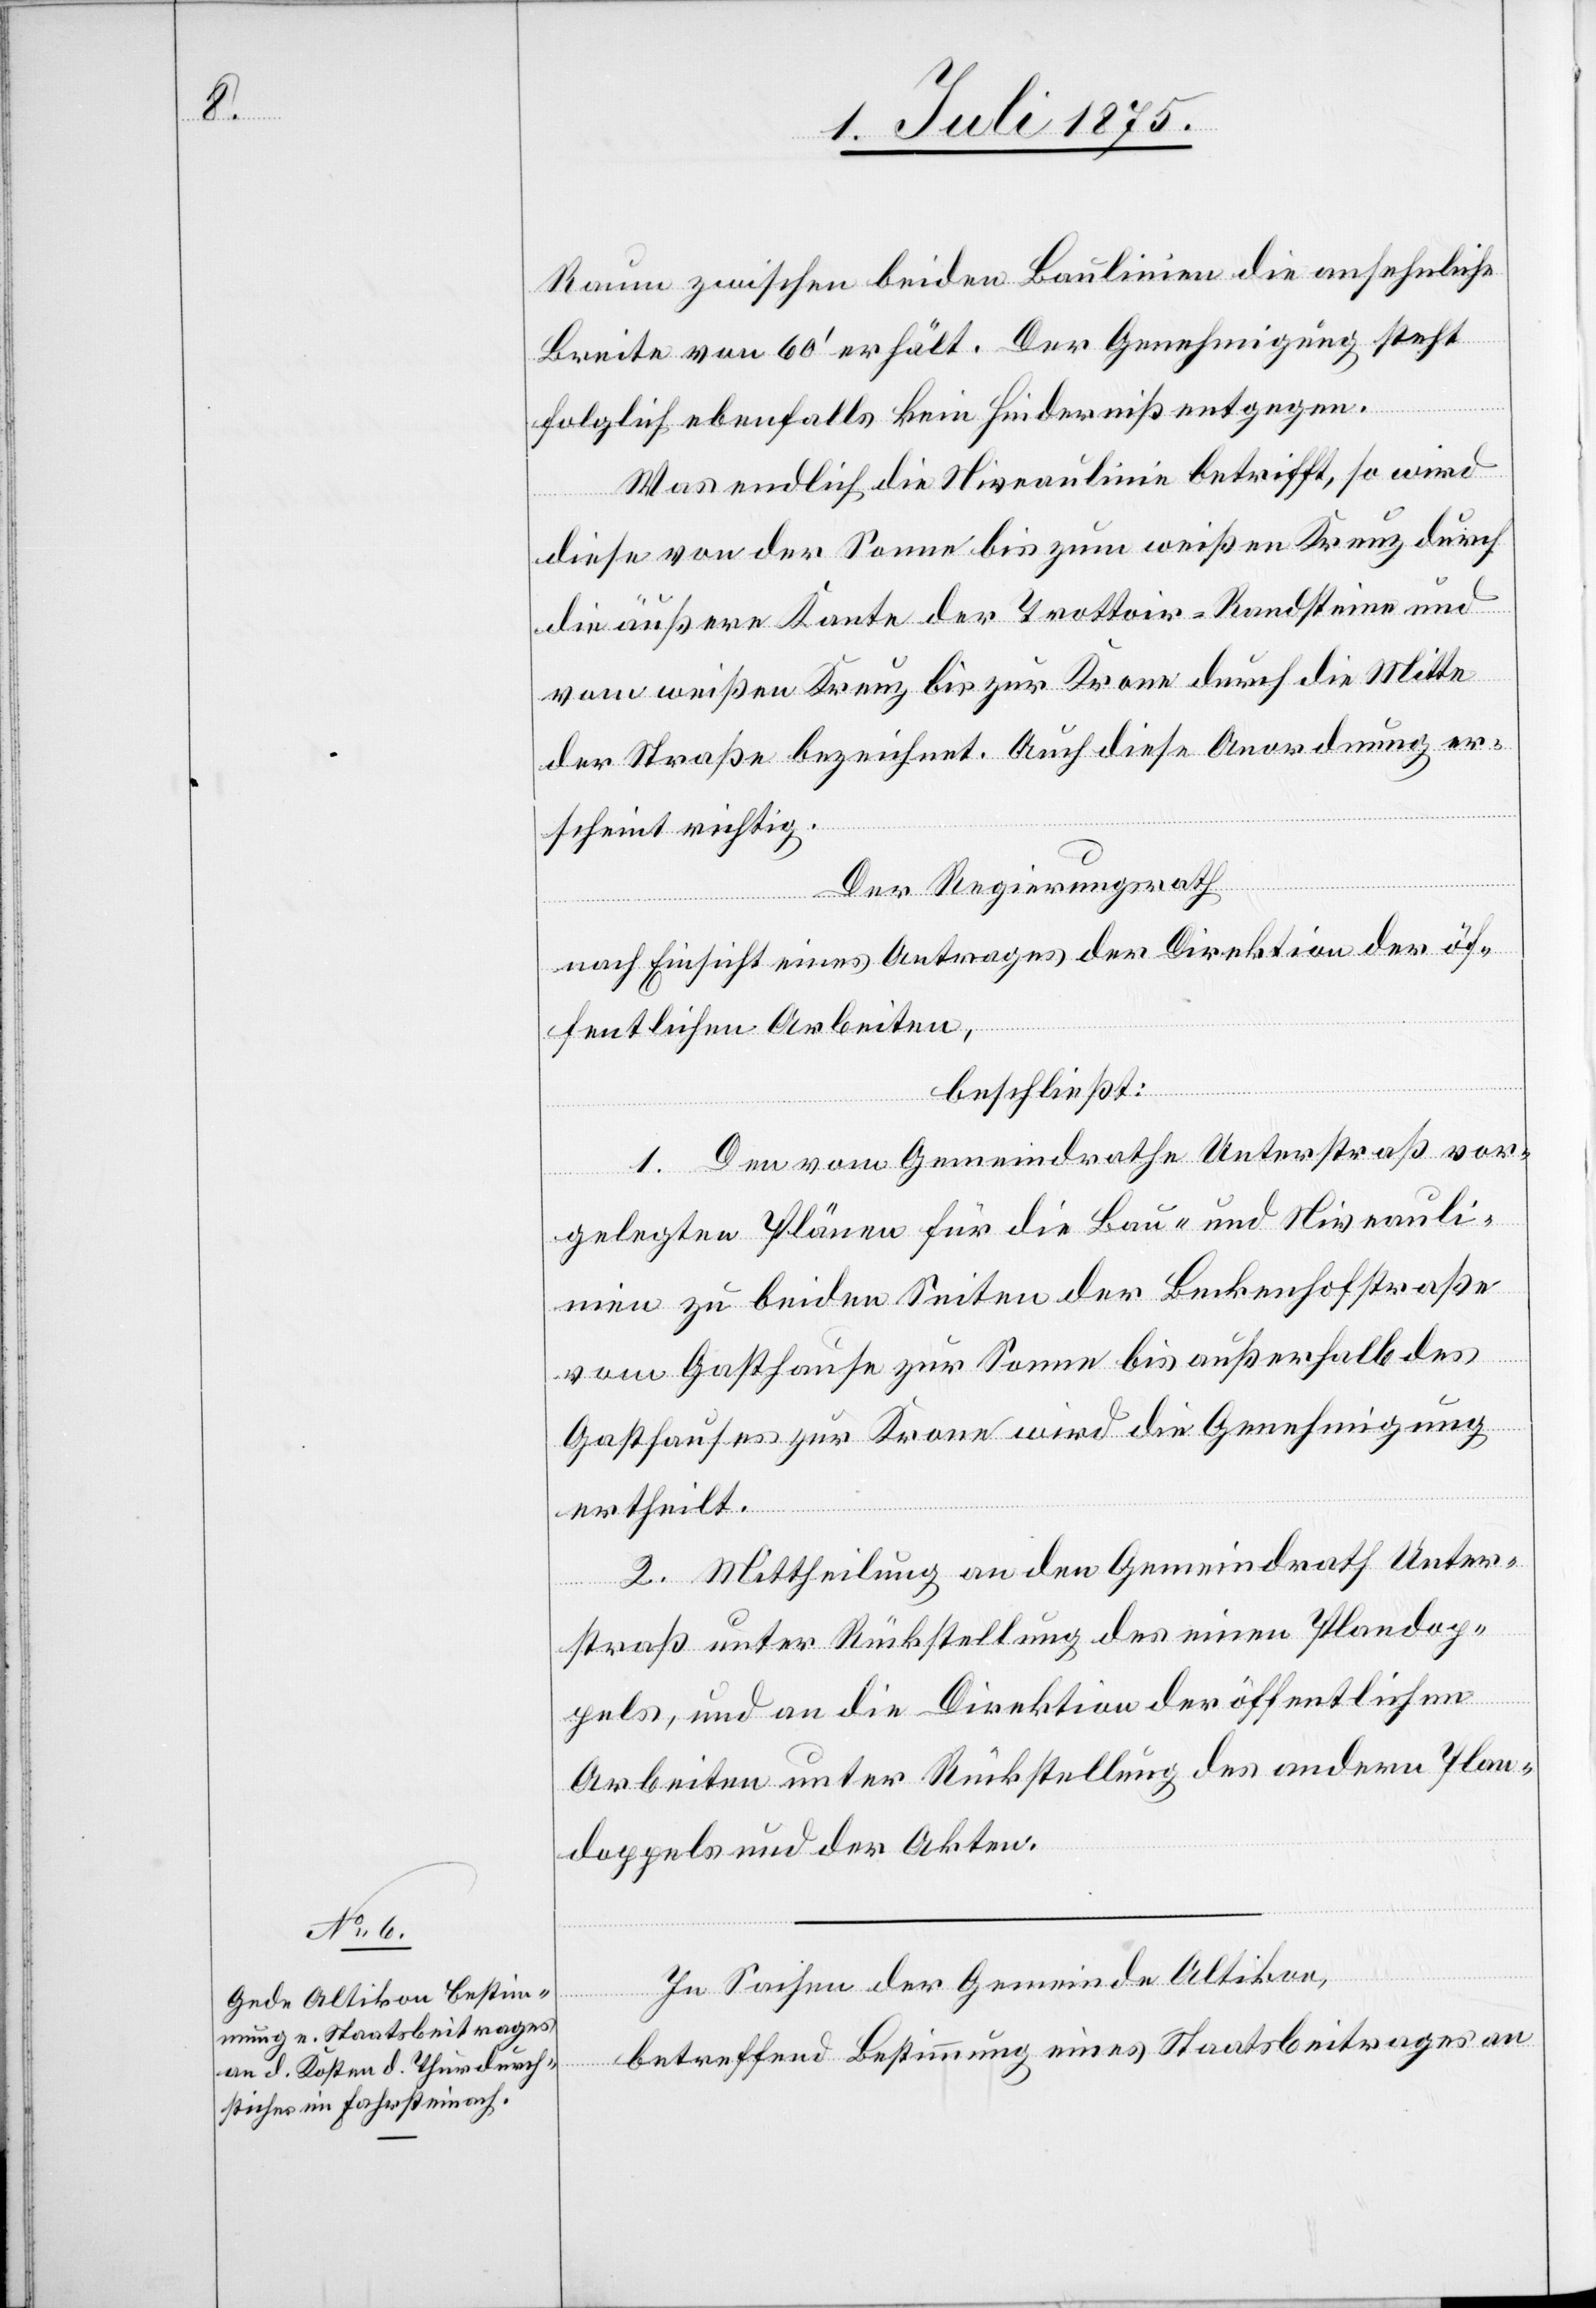
Raum zwischen beiden Baulinien die ansehnliche
Breite von 60‘ erhält. Der Genehmigung steht
folglich ebenfalls kein Hinderniß entgegen.
Was endlich die Niveaulinie betrifft, so wird
diese von der Sonne bis zum weißen Kreuz durch
die äußere Kante der Trottoir-Randsteine und
vom weißen Kreuz bis zur Krone durch die Mitte
der Straße bezeichnet. auch diese Anordnung er¬
scheint richtig.
Der Regierungsrath,
nach Einsicht eines Antrages der Direktion der öf¬
fentlichen Arbeiten,
beschließt:
1. Den vom Gemeindrathe Unterstraß vor¬
gelegten Plänen für die Bau- und Niveauli¬
nien zu beiden Seiten der Beckenhofstraße
vom Gasthause zur Sonne bis außerhalb des
Gasthauses zur Krone wird die Genehmigung
ertheilt.
2. Mittheilung an den Gemeindrath Unter¬
straß unter Rückstellung des einen Plandop¬
pels, und an die Direktion der öffentlichen
Arbeiten unter Rückstellung des andern Plan¬
doppels und der Akten.
In Sachen der Gemeinde Altikon,
betreffend Bestimmung eines Staatsbeitrages an